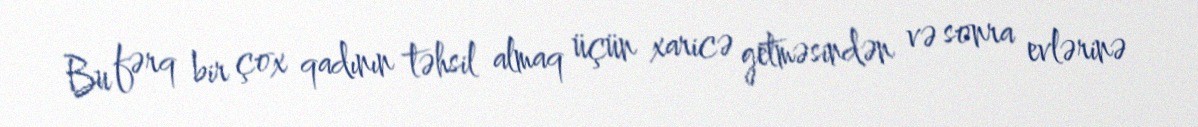
Bu fərq bir çox qadının təhsil almaq üçün xaricə getməsindən və sonra evlərinə